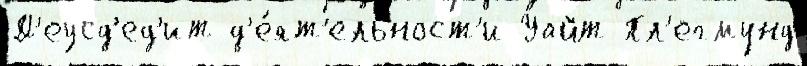
Д'еусд'ед'ит д'е́ят'ельност'и Уайт Пл'егмунд